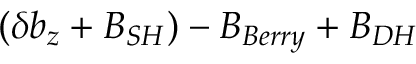
( \delta b _ { z } + B _ { S H } ) - B _ { B e r r y } + B _ { D H }